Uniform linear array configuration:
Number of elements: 24
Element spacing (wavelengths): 0.75
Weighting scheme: hann
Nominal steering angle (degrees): -60
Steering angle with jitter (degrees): -58.49
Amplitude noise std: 0.05
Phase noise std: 0.05

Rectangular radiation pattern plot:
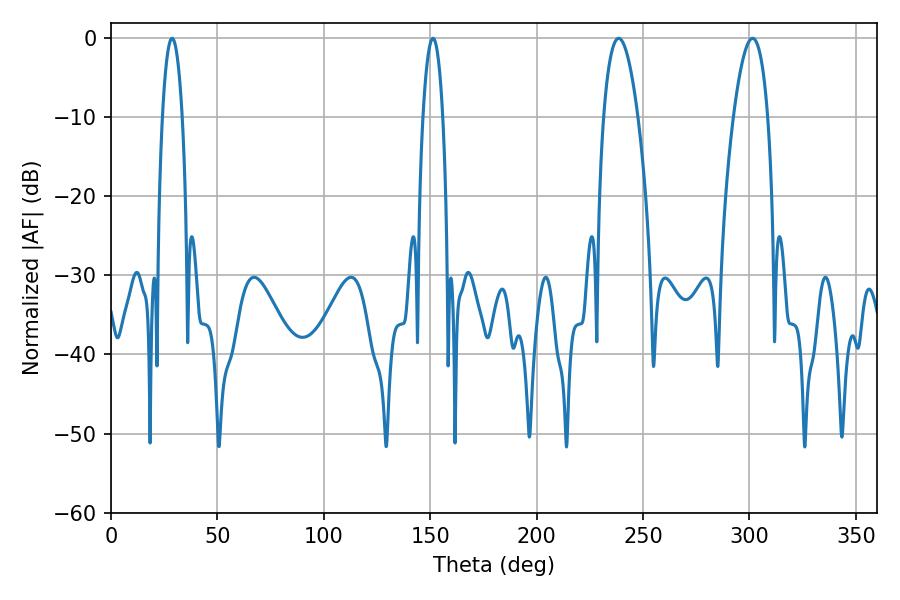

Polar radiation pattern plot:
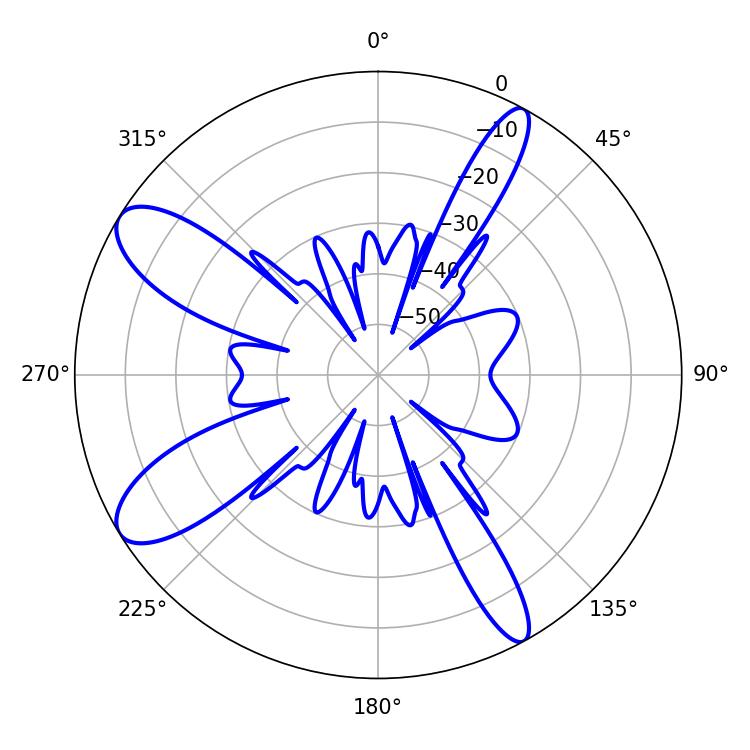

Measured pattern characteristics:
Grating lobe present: TRUE
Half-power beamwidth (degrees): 9
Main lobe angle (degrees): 238.5